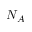
N _ { A }